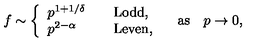
f \sim \left\{ \begin{array} { l l } { p ^ { 1 + 1 / \delta } } & { \quad \mathrm { L o d d } , } \\ { p ^ { 2 - \alpha } } & { \quad \mathrm { L e v e n } , } \\ \end{array} \right. \quad \mathrm { a s } \quad p \to 0 ,